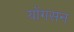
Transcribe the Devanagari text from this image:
योंगसन